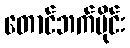
တောင်ဘက်ပိုင်း